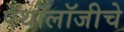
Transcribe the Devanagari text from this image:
पॅथॉलॉजीचे